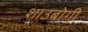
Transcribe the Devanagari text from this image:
शाउबोगी